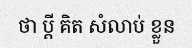
ថា ប្តី គិត សំលាប់ ខ្លួន